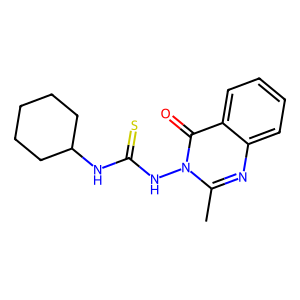
SMILES: Cc1nc2ccccc2c(=O)n1NC(=S)NC1CCCCC1
Inhibits HIV replication: No